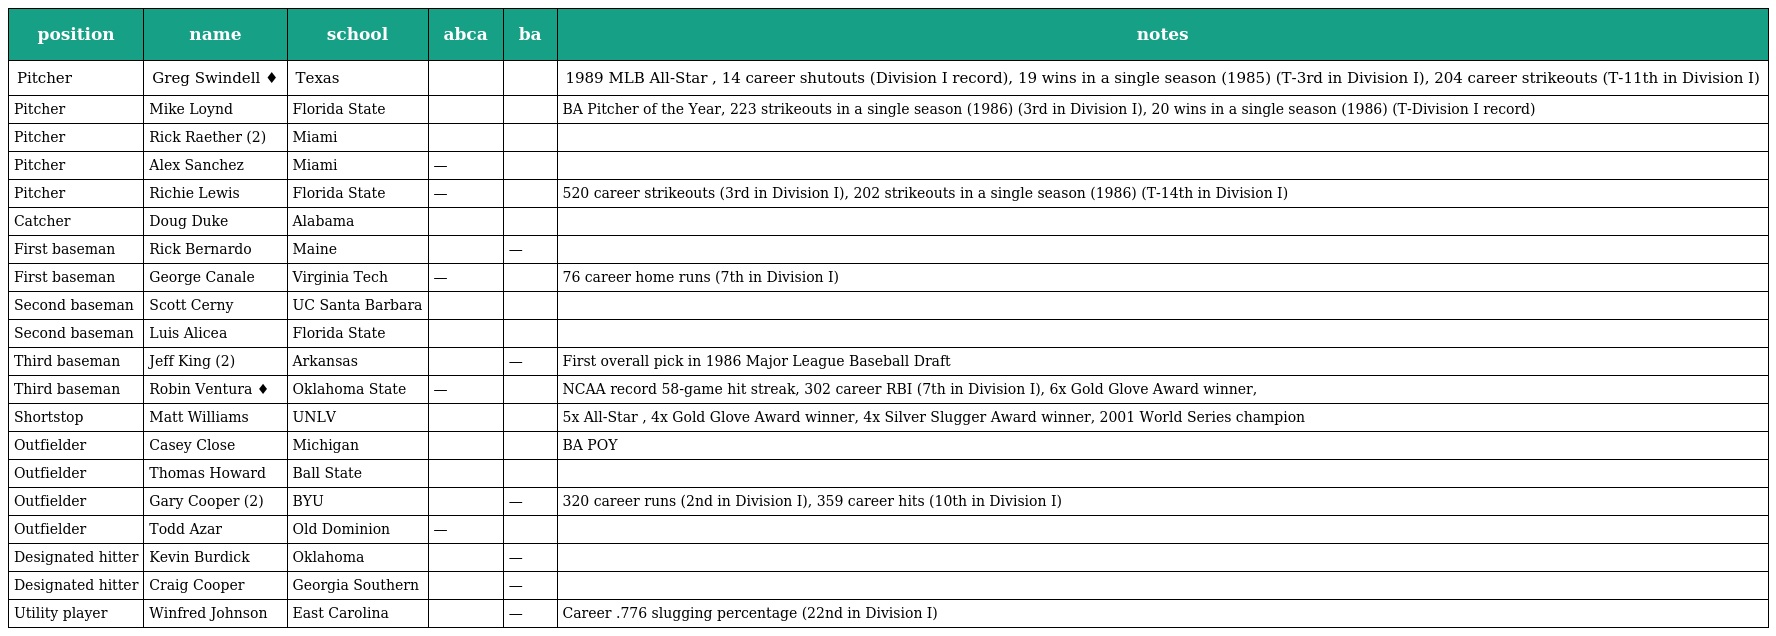
| position | name | school | abca | ba | notes |
 | --- | --- | --- | --- | --- | --- |
 | Pitcher | Greg Swindell ♦ | Texas |  |  | 1989 MLB All-Star , 14 career shutouts (Division I record), 19 wins in a single season (1985) (T-3rd in Division I), 204 career strikeouts (T-11th in Division I) |
 | Pitcher | Mike Loynd | Florida State |  |  | BA Pitcher of the Year, 223 strikeouts in a single season (1986) (3rd in Division I), 20 wins in a single season (1986) (T-Division I record) |
 | Pitcher | Rick Raether (2) | Miami |  |  |  |
 | Pitcher | Alex Sanchez | Miami | — |  |  |
 | Pitcher | Richie Lewis | Florida State | — |  | 520 career strikeouts (3rd in Division I), 202 strikeouts in a single season (1986) (T-14th in Division I) |
 | Catcher | Doug Duke | Alabama |  |  |  |
 | First baseman | Rick Bernardo | Maine |  | — |  |
 | First baseman | George Canale | Virginia Tech | — |  | 76 career home runs (7th in Division I) |
 | Second baseman | Scott Cerny | UC Santa Barbara |  |  |  |
 | Second baseman | Luis Alicea | Florida State |  |  |  |
 | Third baseman | Jeff King (2) | Arkansas |  | — | First overall pick in 1986 Major League Baseball Draft |
 | Third baseman | Robin Ventura ♦ | Oklahoma State | — |  | NCAA record 58-game hit streak, 302 career RBI (7th in Division I), 6x Gold Glove Award winner, |
 | Shortstop | Matt Williams | UNLV |  |  | 5x All-Star , 4x Gold Glove Award winner, 4x Silver Slugger Award winner, 2001 World Series champion |
 | Outfielder | Casey Close | Michigan |  |  | BA POY |
 | Outfielder | Thomas Howard | Ball State |  |  |  |
 | Outfielder | Gary Cooper (2) | BYU |  | — | 320 career runs (2nd in Division I), 359 career hits (10th in Division I) |
 | Outfielder | Todd Azar | Old Dominion | — |  |  |
 | Designated hitter | Kevin Burdick | Oklahoma |  | — |  |
 | Designated hitter | Craig Cooper | Georgia Southern |  | — |  |
 | Utility player | Winfred Johnson | East Carolina |  | — | Career .776 slugging percentage (22nd in Division I) |